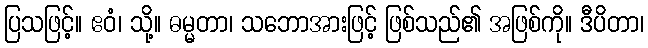
ပြသဖြင့်။ ဧဝံ၊ သို့။ ဓမ္မတာ၊ သဘောအားဖြင့် ဖြစ်သည်၏ အဖြစ်ကို။ ဒီပိတာ၊